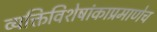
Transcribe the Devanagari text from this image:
व्यक्तिविशेषांकाप्रमाणेच